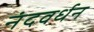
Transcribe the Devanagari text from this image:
नंदवर्धन